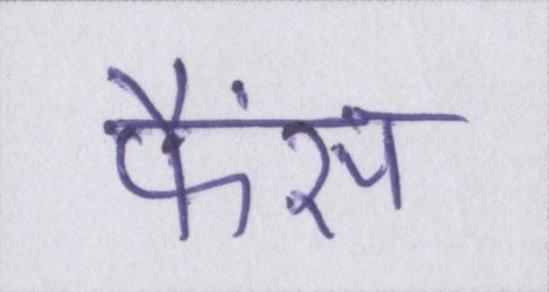
फैंस